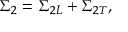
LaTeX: \Sigma _ { 2 } = \Sigma _ { 2 L } + \Sigma _ { 2 T } ,